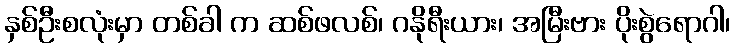
နှစ်ဦးစလုံးမှာ တစ်ခါ က ဆစ်ဖလစ်၊ ဂနိုရီးယား၊ အမြီးဗား ပိုးစွဲရောဂါ၊